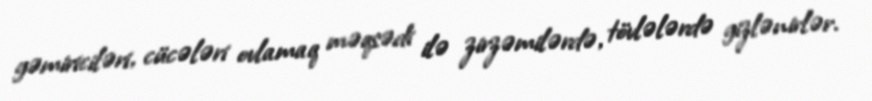
gəmiriciləri, cücələri ovlamaq məqsədi ilə zirzəmilərdə, tövlələrdə gizlənirlər.